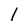
Character: 1